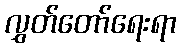
လွှတ်တော်ရေးရာ